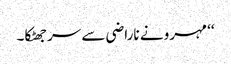
‘‘ مہرو نے ناراضی سے سر جھٹکا۔